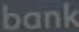
bank